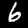
Digit: 6